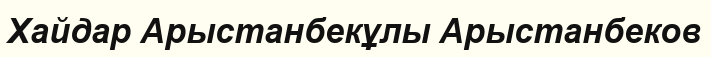
Хайдар Арыстанбекұлы Арыстанбеков